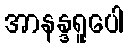
အာနန္ဒရူပေါ